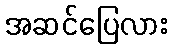
အဆင်ပြေလား